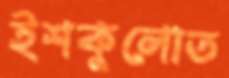
ইশকুলোত